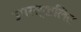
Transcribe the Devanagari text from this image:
उपरस्खलित